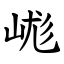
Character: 㟌